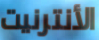
الأنترنيت